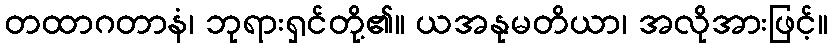
တထာဂတာနံ၊ ဘုရားရှင်တို့၏။ ယအနုမတိယာ၊ အလိုအားဖြင့်။